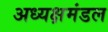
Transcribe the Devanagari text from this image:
अध्यक्षमंडल